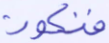
فنكون